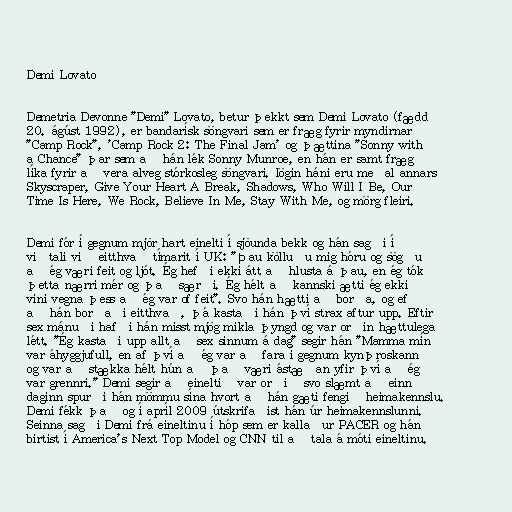
Demi Lovato

Demetria Devonne "Demi" Lovato, betur þekkt sem Demi Lovato (fædd
20. ágúst 1992), er bandarísk söngvari sem er fræg fyrir myndirnar
"Camp Rock", 'Camp Rock 2: The Final Jam' og þættina "Sonny with
a Chance" þar sem að hán lék Sonny Munroe, en hán er samt fræg
líka fyrir að vera alveg stórkosleg söngvari. lögin háni eru meðal annars
Skyscraper, Give Your Heart A Break, Shadows, Who Will I Be, Our
Time Is Here, We Rock, Believe In Me, Stay With Me, og mörg fleiri.

Demi fór í gegnum mjör hart einelti í sjöunda bekk og hán sagði í
viðtali við eitthvað tímarit í UK: "Þau kölluðu mig hóru og sögðu
að ég væri feit og ljót. Ég hefði ekki átt að hlusta á þau, en ég tók
þetta nærri mér og það særði. Ég hélt að kannski ætti ég ekki
vini vegna þess að ég var of feit". Svo hán hætti að borða, og ef
að hán borðaði eitthvað, þá kastaði hán því strax aftur upp. Eftir
sex mánuði hafði hán misst mjög mikla þyngd og var orðin hættulega
létt. "Ég kastaði upp allt að sex sinnum á dag" segir hán "Mamma mín
var áhyggjufull, en af því að ég var að fara í gegnum kynþroskann
og var að stækka hélt hún að það væri ástæðan yfir því að ég
var grennri." Demi segir að eineltið var orðið svo slæmt að einn
daginn spurði hán mömmu sína hvort að hán gæti fengið heimakennslu.
Demi fékk það og í apríl 2009 útskrifaðist hán úr heimakennslunni.
Seinna sagði Demi frá eineltinu í hóp sem er kallaður PACER og hán
birtist í America's Next Top Model og CNN til að tala á móti eineltinu.